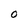
Character: O